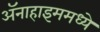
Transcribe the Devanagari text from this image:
ॲनाहाइममध्ये